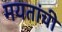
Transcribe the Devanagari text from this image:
मयतांची